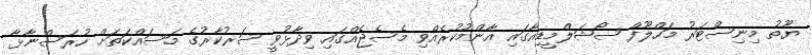
ޔޫތު މިނިސްޓަރު މަހްލޫފް ސޯޝަލްމީޑިއާގައި އާންމުކުރެއްވި މެސެޖެއްގައި ވިދާޅުވީ ސަރުކާރުގެ މަސައްކަތަށް ހުރަސްނާޅާ